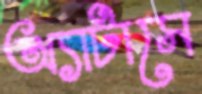
অ্যাটাসে